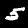
Label: 5